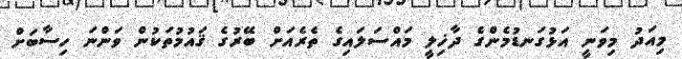
މިއަދު މިވަނީ އަޅުގަނޑުމެންގެ ދާޚިލީ މައްސަލައިގެ ތެރެއަށް ބޭރުގެ ޤައުމުތަކުން ވަންނަ ހިސާބަށް